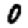
Digit: 0